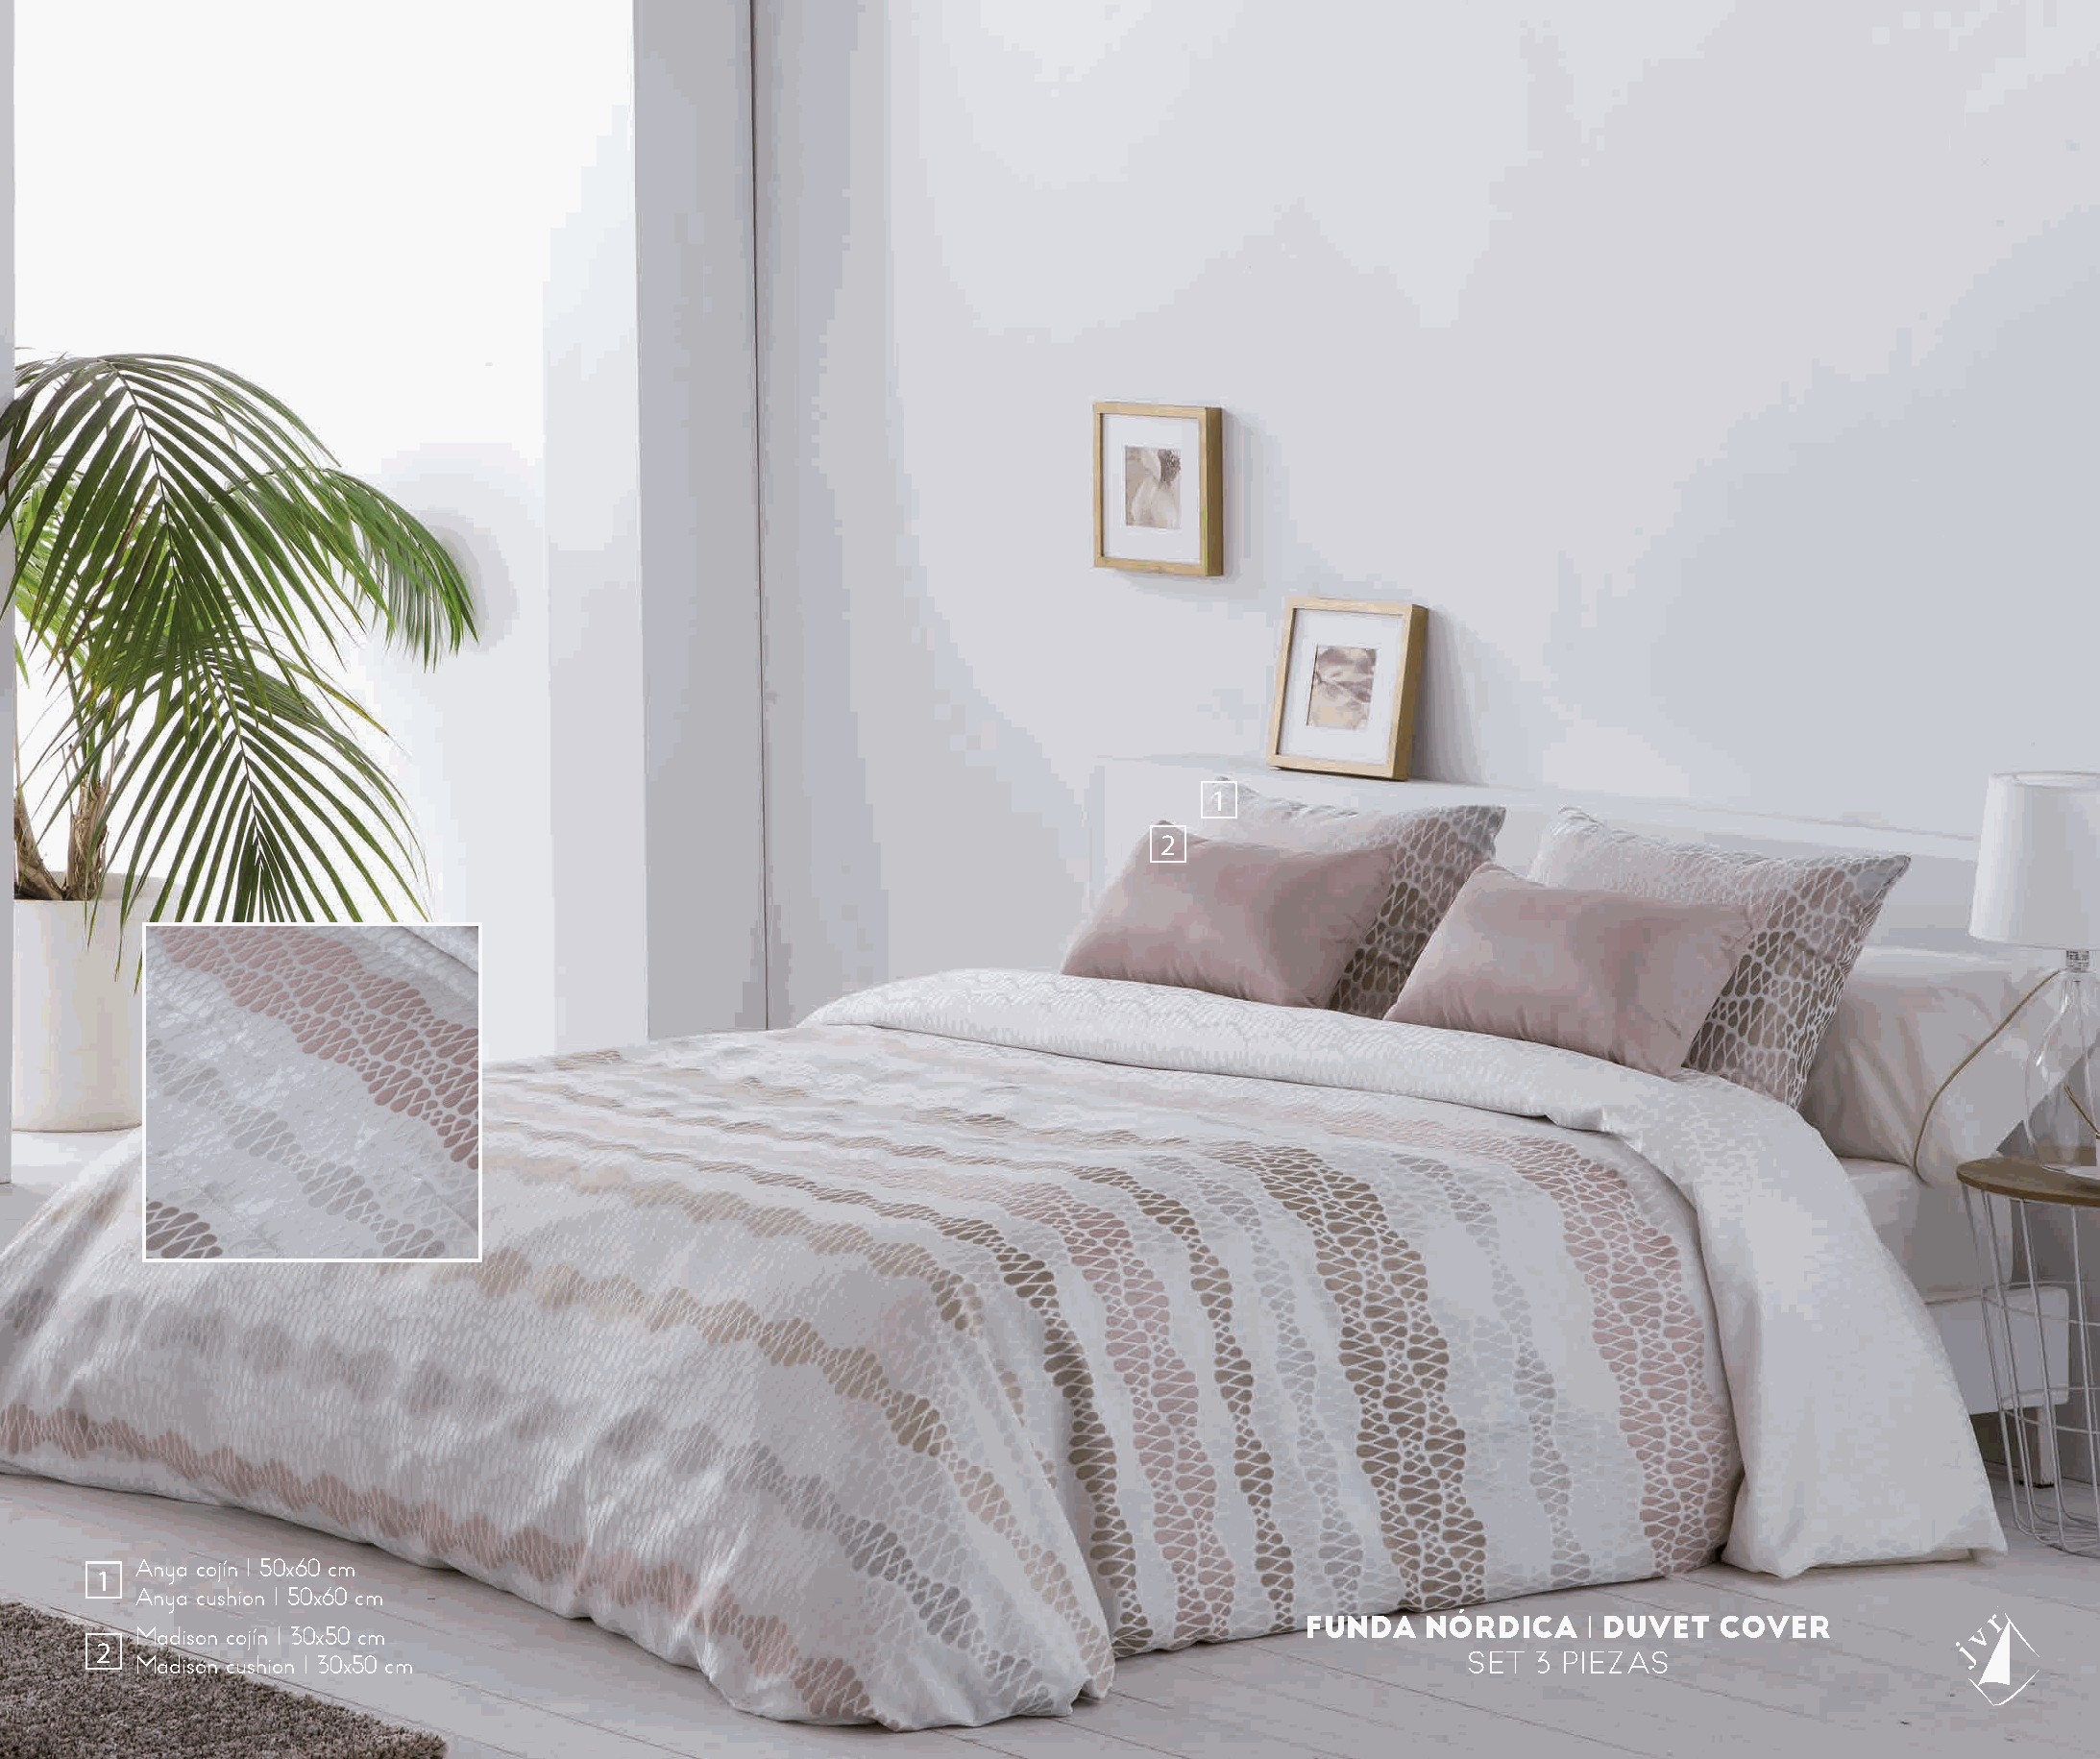
1
 2
 Anya cojín I 50x60 cm
 1
 Anya cushion I 50x60 cm
 FUNDA   NÓRDICA    I DUVET  COVER
 Madison cojín I 30x50 cm
 2
 Madison cushion I 30x50 cm                                                                  SET  3 PIEZAS